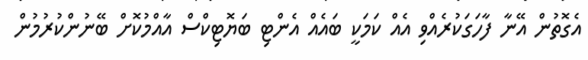
އެގޮތުން އޭނާ ފާހަގަކުރެއްވި އެއް ކަމަކީ ބައެއް އެންޓި ބަޔޮޓިކްސް އާއްމުކޮށް ބޭނުންކުރުމުން